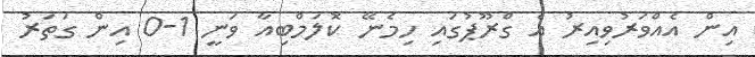
އިން އެއްވަރުވިއިރު އެ ގްރޫޕުގައި ހިމެނޭ ކޮލަމްބިއާ ވަނީ 1-0 އިން ގަތަރު